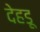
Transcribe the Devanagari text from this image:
देहड़ू